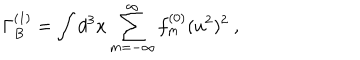
LaTeX: \Gamma _ { B } ^ { ( 1 ) } = \int d ^ { 3 } x \sum _ { m = - \infty } ^ { \infty } f _ { m } ^ { ( 0 ) } ( u ^ { 2 } ) ^ { 2 } \ ,